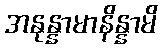
အနုန္နာမာနိန္နာမိ